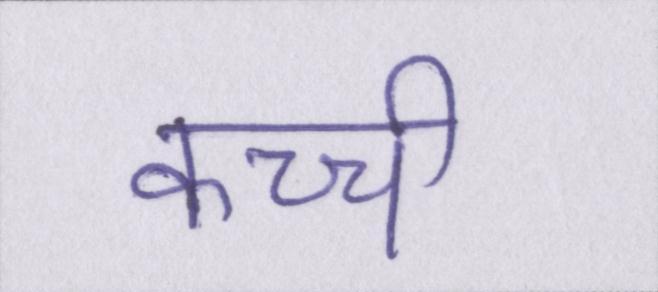
कच्ची